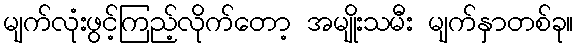
မျက်လုံးဖွင့်ကြည့်လိုက်တော့ အမျိုးသမီး မျက်နှာတစ်ခု။